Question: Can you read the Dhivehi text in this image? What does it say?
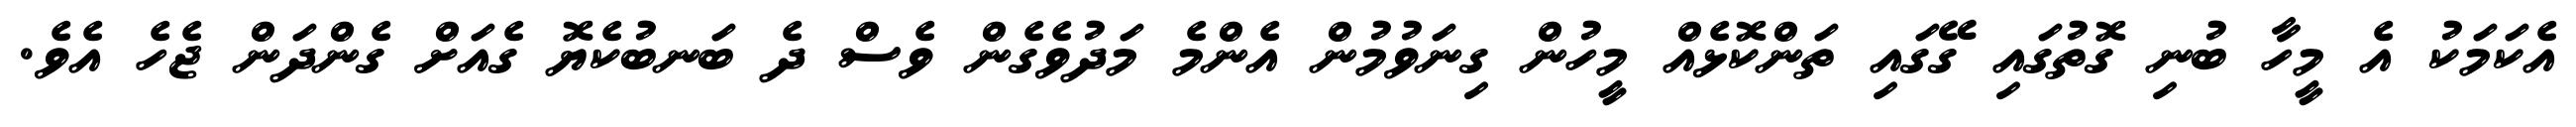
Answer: އެކަމަކު އެ މީހާ ބުނި ގޮތުގައި ގޭގައި ތަންކޮޅެއް މީހުން ގިނަވުމުން އެންމެ މަދުވެގެން ވެސް ދެ ބަނބުކެޔޮ ގެއަށް ގެންދަން ޖެހެ އެވެ.